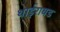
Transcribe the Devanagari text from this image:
थाईरायड